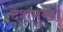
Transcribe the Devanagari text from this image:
देशमुखों